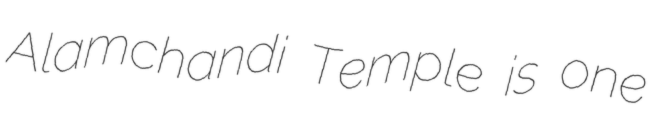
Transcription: Alamchandi Temple is one